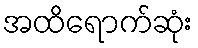
အထိရောက်ဆုံး